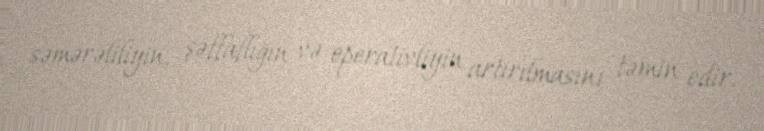
səmərəliliyin, şəffaflığın və operativliyin artırılmasını təmin edir.